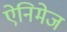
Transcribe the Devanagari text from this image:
ऐनिमेज